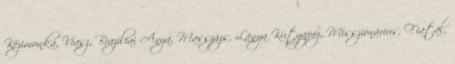
Kézimunka, Viasz, Brazíliai Anya, Masszázs, Lánya Kutyapóz, Misszionárius, Fiatal,